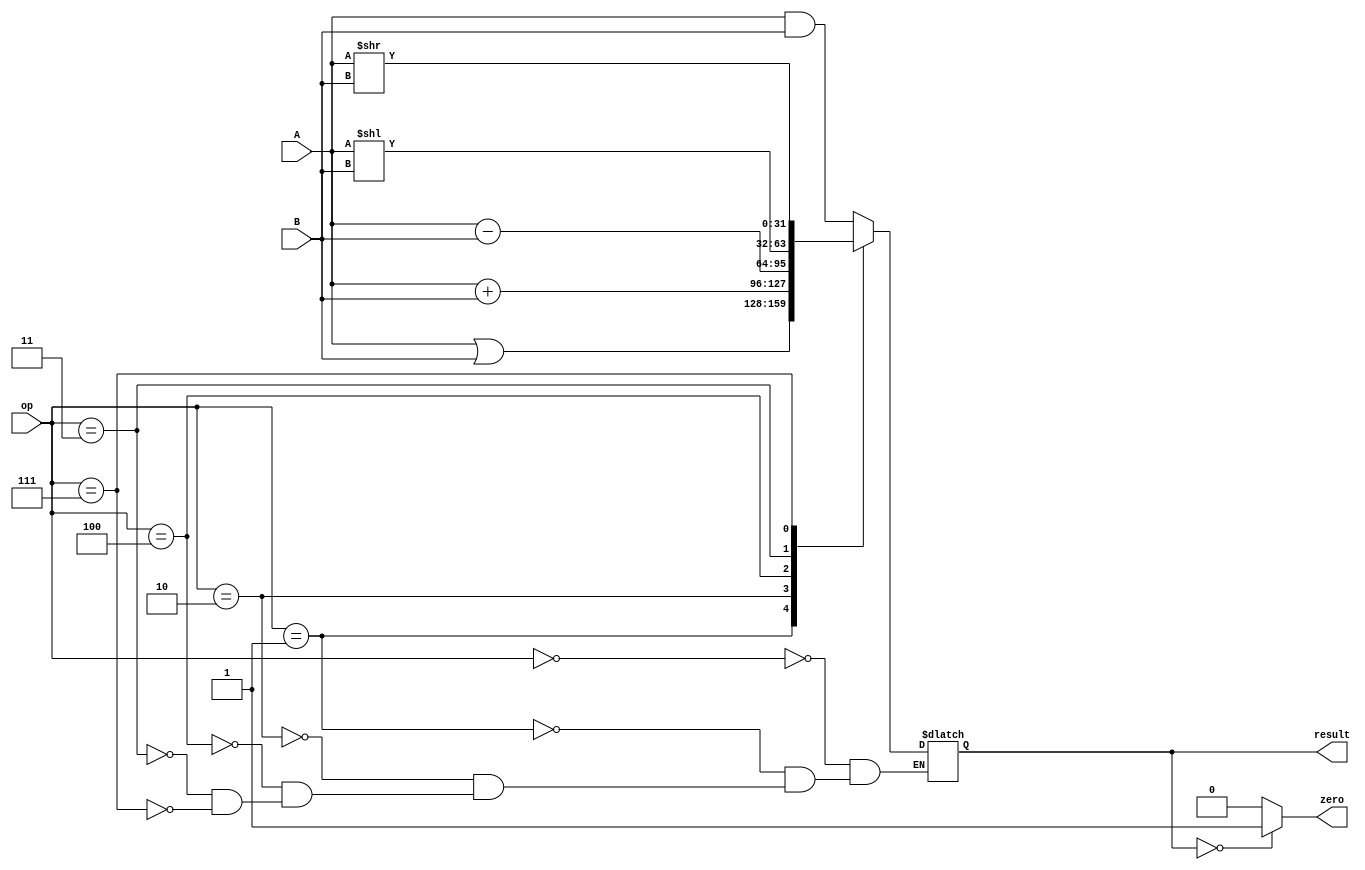
`timescale 1ns / 1ps
//////////////////////////////////////////////////////////////////////////////////
// Company: 
// Engineer: 
// 
// Design Name: 
// Module Name: alu
// Project Name: 
// Target Devices: 
// Tool Versions: 
// Description: 
// 
// Dependencies: 
// 
// Revision:
// Revision 0.01 - File Created
// Additional Comments:
// 
//////////////////////////////////////////////////////////////////////////////////


module alu(
    input [31:0] A,
    input [31:0] B,
    input [3:0] op,
    output reg [31:0] result,
    output zero
    );
 parameter AND = 4'b0000, OR = 4'b0001, ADD = 4'b0010, SUB = 4'b0100, LEFT = 4'b0011, RIGHT = 4'b0111; 
 
 always @(*)
    begin 
        case(op)
            AND: 
                result <= A&B;
            OR: 
                result <= A|B;
            ADD: 
                result <= A+B;
            SUB:
                result <= A-B;
            LEFT: 
                result <= A << B; 
            RIGHT: 
                result <= A >> B; 
        endcase   
end 

assign zero = (result==0)? 1: 0; 

endmodule